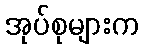
အုပ်စုများက